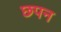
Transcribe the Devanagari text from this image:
छपन